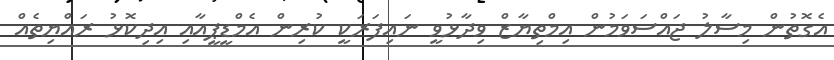
އެގޮތުން މިސާލު ޖައްސަވަމުން އިމްތިޔާޒް ވިދާޅުވީ ނައިފަރަކީ ކުރިން އެމްޑީޕީއާއި އިދިކޮޅު ރައްޔިތެއް